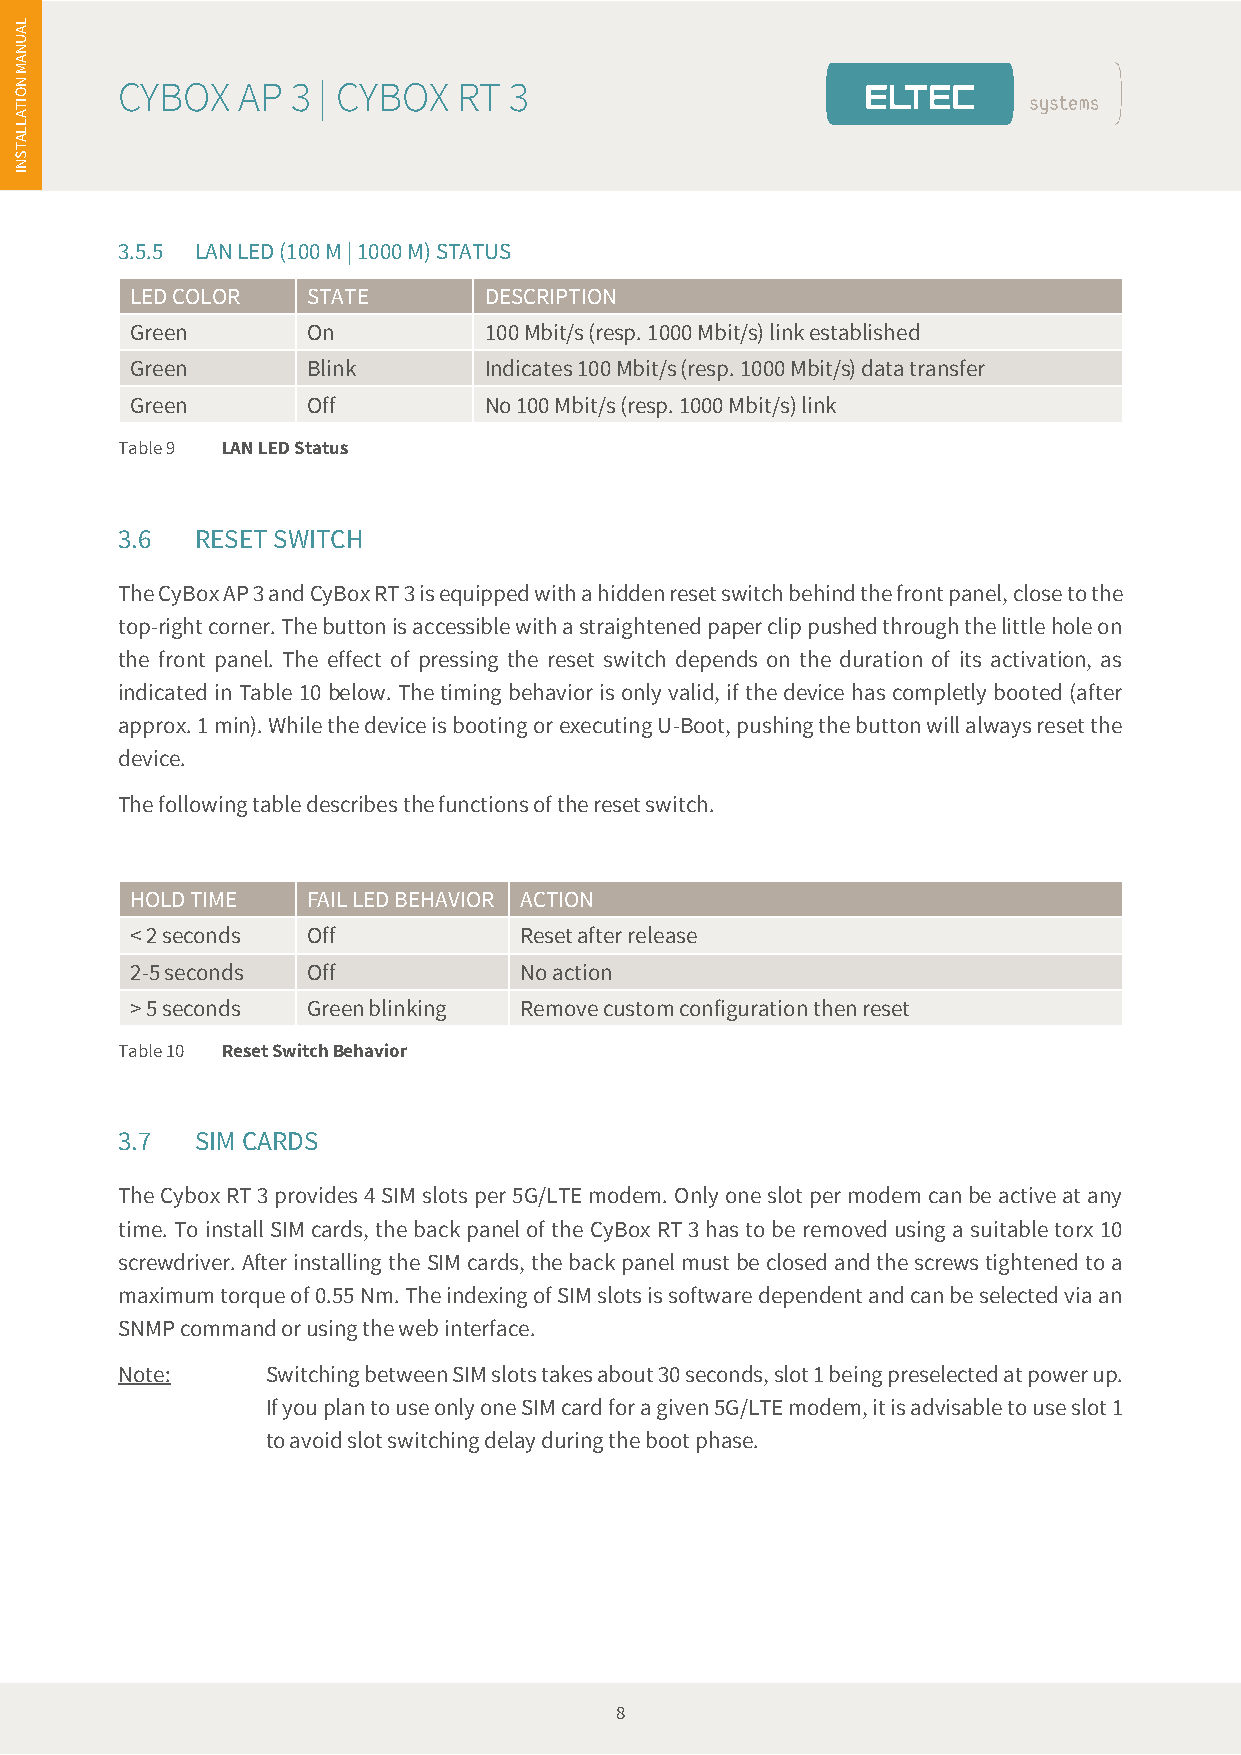
es
 L
 A
 U
 N
 A
 N
 M
 CYBOX   AP 3 | CYBOX  RT  3
 O
 TI
 A
 L
 L
 A
 T
 S
 N
 I
 3.5.5 LAN LED (100 M | 1000 M) STATUS
 LED COLOR  STATE       DESCRIPTION
 Green      On          100 Mbit/s (resp. 1000 Mbit/s) link established
 Green      Blink       Indicates 100 Mbit/s (resp. 1000 Mbit/s) data transfer
 Green      Off         No 100 Mbit/s (resp. 1000 Mbit/s) link
 Table 9 LAN LED Status
 3.6  RESET SWITCH
 The CyBox AP 3 and CyBox RT 3 is equipped with a hidden reset switch behind the front panel, close to the
 top-right corner. The button is accessible with a straightened paper clip pushed through the little hole on
 the front panel. The effect of pressing the reset switch depends on the duration of its activation, as
 indicated in Table 10 below. The timing behavior is only valid, if the device has completly booted (after
 approx. 1 min). While the device is booting or executing U-Boot, pushing the button will always reset the
 device.
 The following table describes the functions of the reset switch.
 HOLD TIME  FAIL LED BEHAVIOR ACTION
 < 2 seconds Off          Reset after release
 2-5 seconds Off          No action
 > 5 seconds Green blinking Remove custom configuration then reset
 Table 10 Reset Switch Behavior
 3.7  SIM CARDS
 The Cybox RT 3 provides 4 SIM slots per 5G/LTE modem. Only one slot per modem can be active at any
 time. To install SIM cards, the back panel of the CyBox RT 3 has to be removed using a suitable torx 10
 screwdriver. After installing the SIM cards, the back panel must be closed and the screws tightened to a
 maximum torque of 0.55 Nm. The indexing of SIM slots is software dependent and can be selected via an
 SNMP command or using the web interface.
 Note:     Switching between SIM slots takes about 30 seconds, slot 1 being preselected at power up.
 If you plan to use only one SIM card for a given 5G/LTE modem, it is advisable to use slot 1
 to avoid slot switching delay during the boot phase.
 8